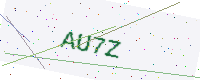
Text: AU7Z